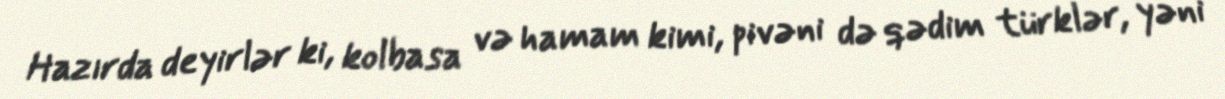
Hazırda deyirlər ki, kolbasa və hamam kimi, pivəni də qədim türklər, yəni